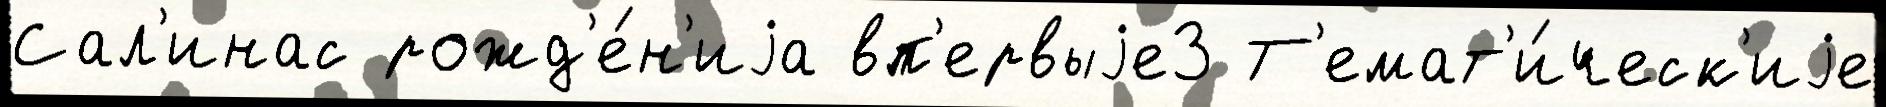
Сал'инас рожд'е́н'иjа вп'ервыjе3 Т'емат'и́ческ'иjе